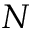
N